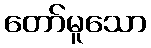
တော်မူသော